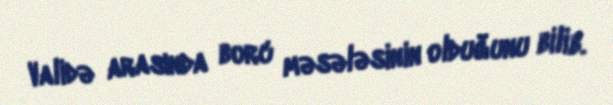
Validə arasında borc məsələsinin olduğunu bilib.